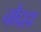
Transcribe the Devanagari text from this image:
चौदहा